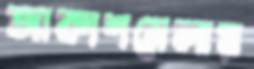
আকাশমেলায়